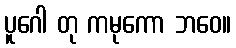
ပူဂေါ တု ကမုကော ဘဝေ။